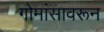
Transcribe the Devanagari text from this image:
गोमांसावरून